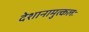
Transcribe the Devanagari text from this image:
देशानामुत्कलः